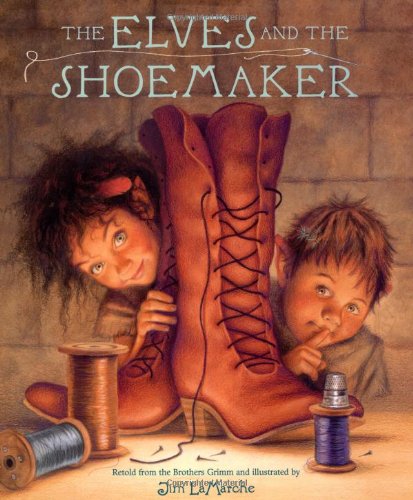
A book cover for The Elves and the Shoemaker; Jacob Grimm; Children's Books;